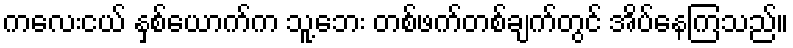
ကလေးငယ် နှစ်ယောက်က သူ့ဘေး တစ်ဖက်တစ်ချက်တွင် အိပ်နေကြသည်။